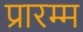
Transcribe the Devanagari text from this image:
प्रारम्म